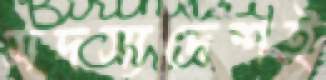
সদস্যদেশই